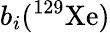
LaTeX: b_{i}(^{129}\mathrm{Xe)}